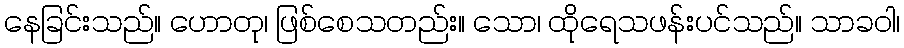
နေခြင်းသည်။ ဟောတု၊ ဖြစ်စေသတည်း။ သော၊ ထိုရေသဖန်းပင်သည်။ သာခဝါ၊